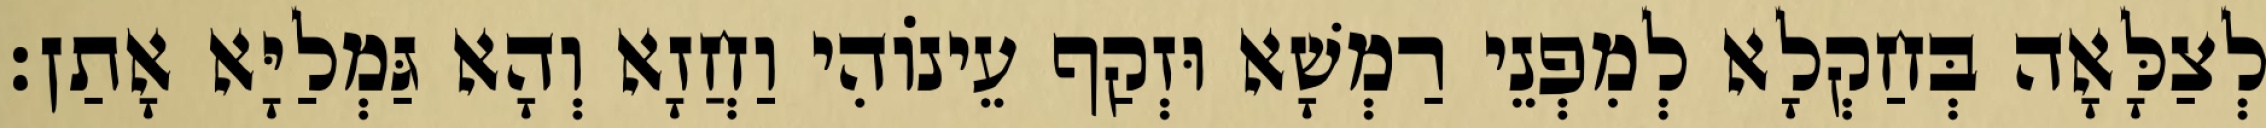
לְצַלָּאָה בְּחַקְלָא לְמִפְנֵי רַמְשָׁא וּזְקַף עֵינוֹהִי וַחֲזָא וְהָא גַּמְלַיָּא אָתַן׃